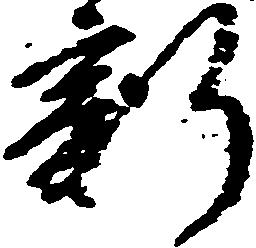
新